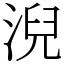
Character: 淣